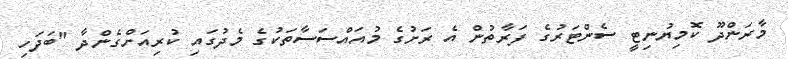
މާރަންދޫ ކޮމިޔުނިޓީ ސެންޓަރުގެ ފަރާތުން އެ ރަށުގެ މުއައްސަސާތަކުގެ މެދުގައި ކުރިއަށްގެންދާ "ބަދަހި